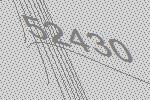
52430